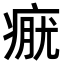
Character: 𤷊